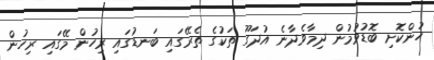
ހުންކޮށި ބޮޑުވުމުން ދިމާވެދާނެ އުދަގޫ ތަކުގެ ތެރޭގައި ބަނޑުގައި ރިހުން މޭގައި ރިހުން